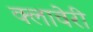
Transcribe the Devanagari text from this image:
क्लावेरी